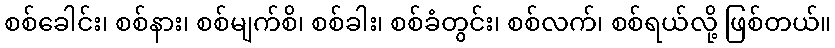
စစ်ခေါင်း၊ စစ်နား၊ စစ်မျက်စိ၊ စစ်ခါး၊ စစ်ခံတွင်း၊ စစ်လက်၊ စစ်ရယ်လို့ ဖြစ်တယ်။